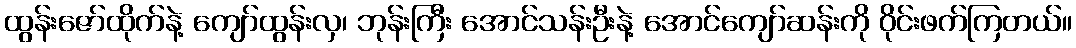
ထွန်းဇော်ထိုက်နဲ့ ကျော်ထွန်းလှ၊ ဘုန်းကြီး အောင်သန်းဦးနဲ့ အောင်ကျော်ဆန်းကို ဝိုင်းဖက်ကြတယ်။